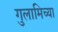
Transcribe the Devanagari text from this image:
गुलामिच्या